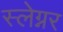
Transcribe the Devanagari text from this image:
स्लेग्नर